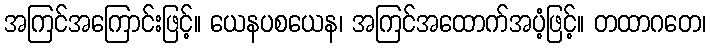
အကြင်အကြောင်းဖြင့်။ ယေနပစယေန၊ အကြင်အထောက်အပံ့ဖြင့်။ တထာဂတေ၊